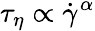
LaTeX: \tau_{\eta}\propto{{\dot{\gamma}}^{\alpha}}